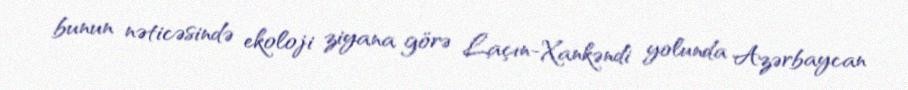
bunun nəticəsində ekoloji ziyana görə Laçın-Xankəndi yolunda Azərbaycan